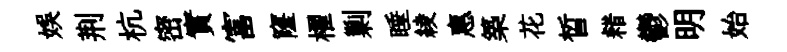
娱荆杭密實富窿櫂剿睡綾惠築花晳耤鬱明始